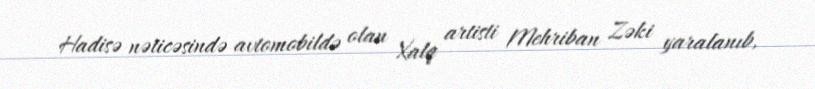
Hadisə nəticəsində avtomobildə olan Xalq artisti Mehriban Zəki yaralanıb,